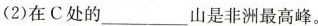
(2)在C处的___山是非洲最高峰。